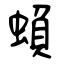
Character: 蝜